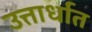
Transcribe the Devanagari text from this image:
उत्तार्धात